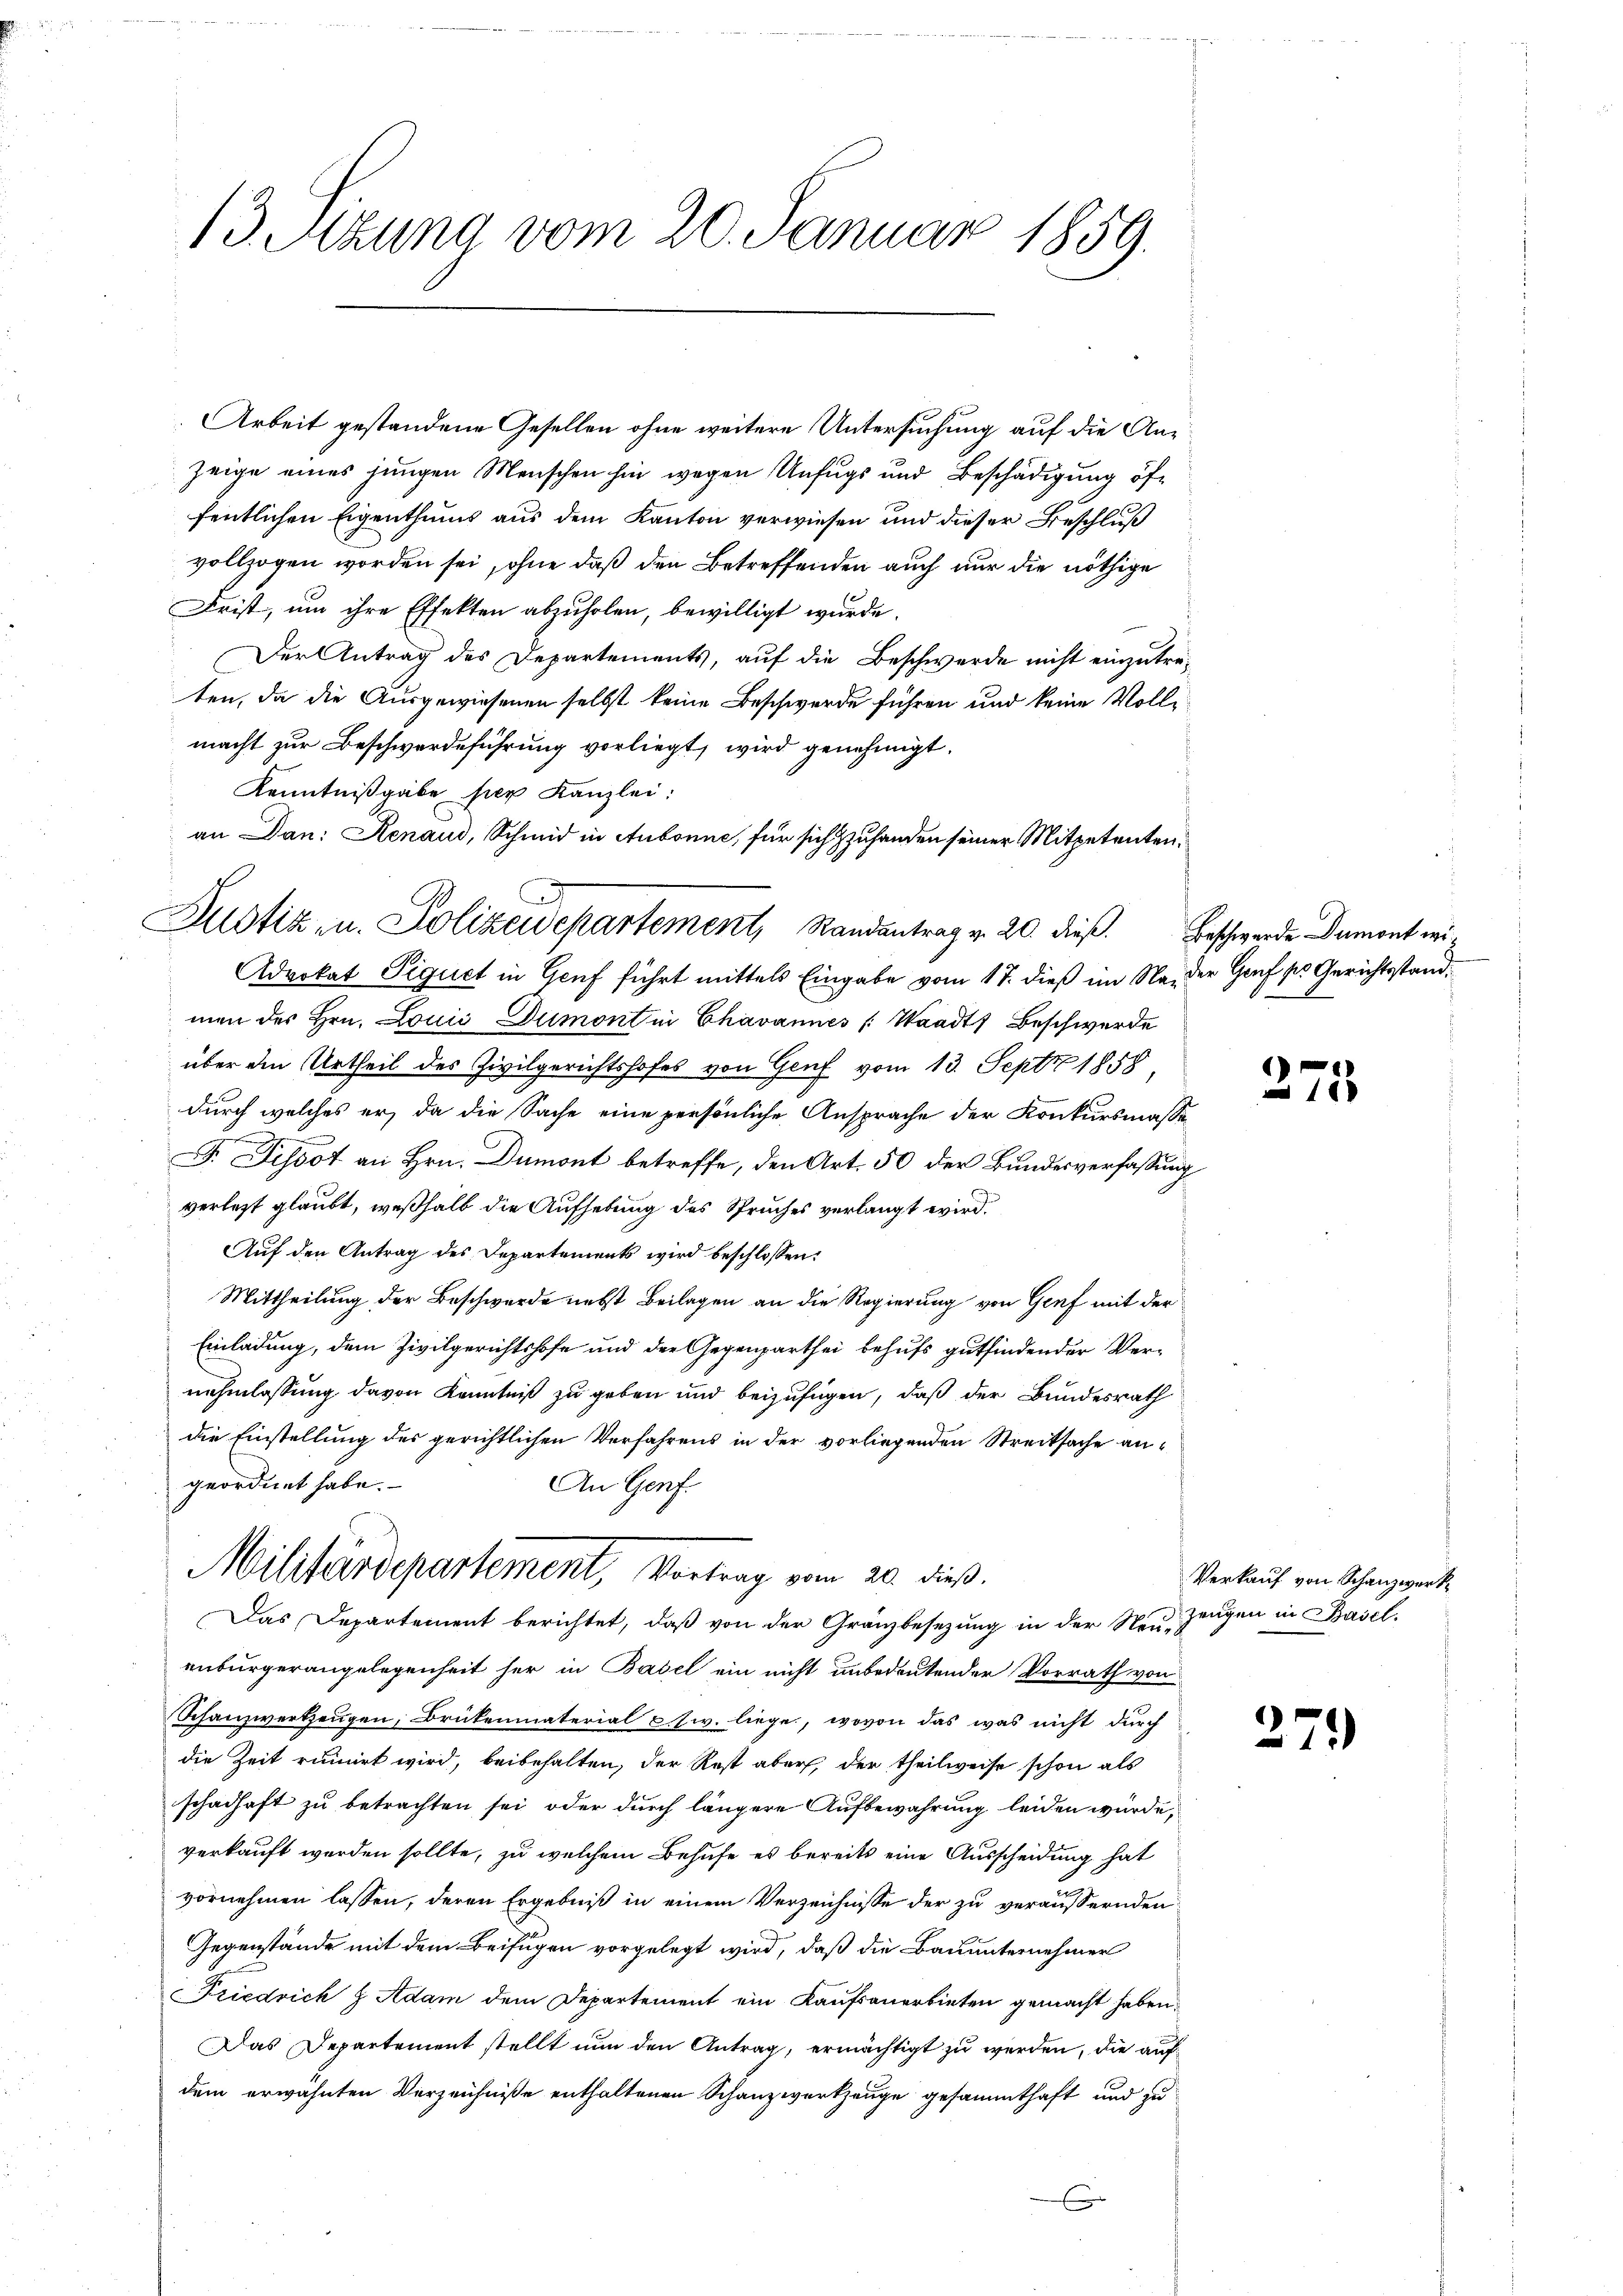
13. Sitzung vom 20. Januar 1859.

Arbeit gestandene Gesellen ohne weitere Untersuchung auf die Anzeige eines jungen Menschen hin wegen Unfugs und Beschädigung öffentlichen Eigenthums aus dem Kanton verwiesen und dieser Beschluß
vollzogen worden sei, ohne daß den Betreffenden auch nur die nöthige
Frist, um ihre Effekten abzuholen, bewilligt wurde.
Der Antrag des Departements, auf die Beschwerde nicht einzutreten, da die Ausgewiesenen selbst keine Beschwerde führen und keine Vollmacht zur Beschwerdeführung vorliegt, wird genehmigt.
Kenntnißgabe per Kanzlei:
an Dan: Renaud, Schmid in Aubonne, für sich zu handen seiner Mitpetenten,
Advokat Piquet in Genf führt mittels Eingabe vom 17. dieß im Na, der Genf pro Gerichtsstandmen des Hrn. Louić Dumont in Chavannes Waadt Beschwerde
über den Urtheil des Zivilgerichtshofes von Genf vom 13. Sept 1858
durch welches er, da die Sache eine persönliche Ansprache der Konkursmasse
u
F. Dissot an Hrn. Dumont betreffe, den Art. 50 der Bundesverfassung
verletzt glaubt, weßhalb die Aufhebung des Spruches verlangt wird.
Auf den Antrag des Departements wird beschlossen:
Mittheilung der Beschwerde nebst Beilagen an die Regierung von Genf mit der
Einladung, dem Zivilgerichtshofe und der Gegenparthei behufs gutfindender Vernehmlassung davon Kenntniß zu geben und beizufügen, daß der Bundesrath
die Einstellung des gerichtlichen Verfahrens in der vorliegenden Streitsache angeordnet habe.
An Genf.
Militärdepartement, Vortrag vom 20. dieß.
Das Departement berichtet, daß von der Gränzbesezung in der Neu-
enbürgerangelegenheit her in Basel ein nicht unbedeutender Vorrath von
Schanzwerkzeugen, Brükenmaterial Ew. liege, wovon das was nicht durch
die Zeit rumirt wird, beibehalten, der Rost aber, der theilweise schon als
schadhaft zu betrachten sei, oder durch längere Aufbewahrung leiden würde,
verkauft werden sollte, zu welchem Behufe es bereits eine Ausscheidung hat
vornehmen lassen, deren Ergebniß in einem Verzeichnisse der zu veräussernden
Gegenstände mit dem Beifügen vorgelegt wird, daß die Bauunternehmer
Friedrich h Adam dem Departement ein Kaufsanerbieten gemacht haben.
Das Departement stellt nun den Antrag, ermächtigt zu werden, die auf
dem erwähnten Verzeichniße enthaltenen Schanzwerkzeuge gesammthaft und zu

Justiz- u. Polizeidepartement, Randantrag v. 20. dieß. Beschwerde Dumont wi¬

278

Verkauf von Schanzwerk
zeugen in Basel.

279)